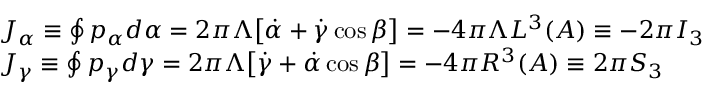
\begin{array} { l } { { J _ { \alpha } \equiv \oint p _ { \alpha } d \alpha = 2 \pi \Lambda \bigl [ \dot { \alpha } + \dot { \gamma } \cos \beta \bigr ] = - 4 \pi \Lambda { \cal L } ^ { 3 } ( A ) \equiv - 2 \pi I _ { 3 } } } \\ { { J _ { \gamma } \equiv \oint p _ { \gamma } d \gamma = 2 \pi \Lambda \bigl [ \dot { \gamma } + \dot { \alpha } \cos \beta \bigr ] = - 4 \pi { \cal R } ^ { 3 } ( A ) \equiv 2 \pi S _ { 3 } } } \end{array}